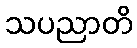
သပညာတိ